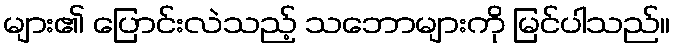
များ၏ ပြောင်းလဲသည့် သဘောများကို မြင်ပါသည်။